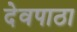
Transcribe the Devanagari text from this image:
देवपाठा